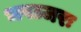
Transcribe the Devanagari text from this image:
भपञ्जरः